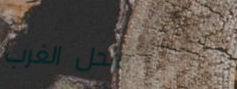
محل الغرب